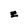
Character: z